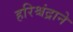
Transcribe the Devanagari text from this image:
हरिश्चंद्राने